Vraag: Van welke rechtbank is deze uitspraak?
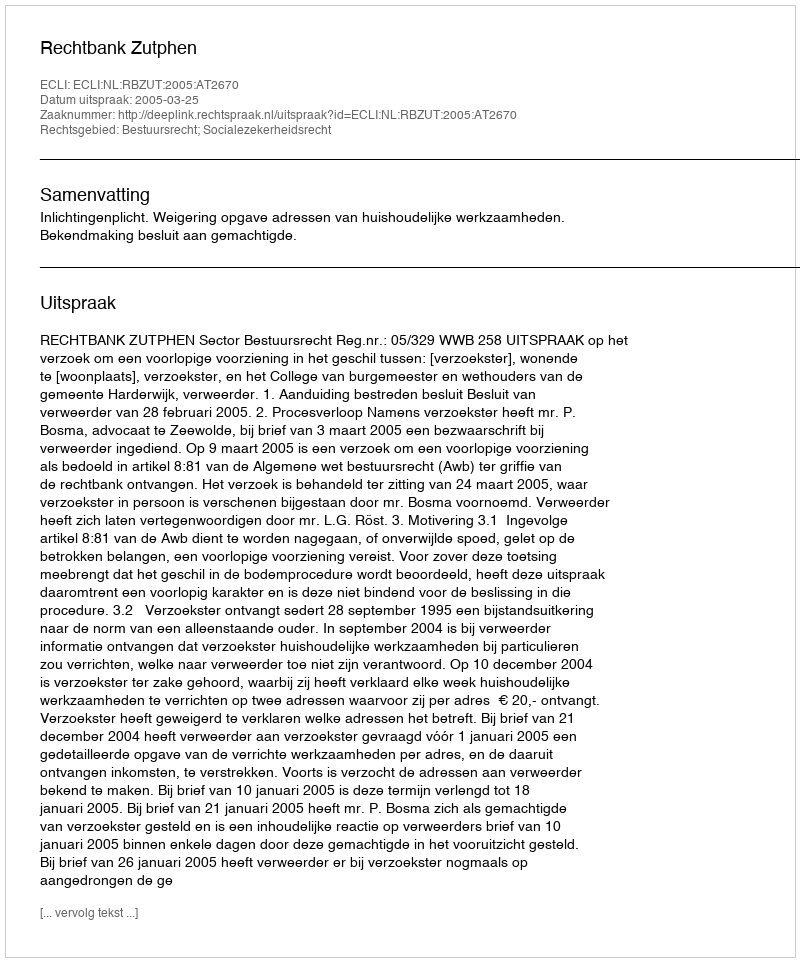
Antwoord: Rechtbank Zutphen